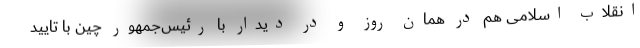
انقلاب اسلامی هم در همان روز و در دیدار با رئیس‌جمهور چین با تایید